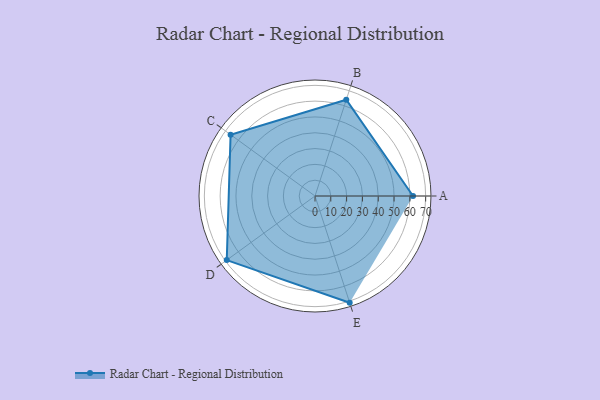
{"axis": {"x": "Skill", "y": "Score"}, "legend": ["Profile"], "data": [{"x": "A", "y": 62.0, "type": "Profile"}, {"x": "B", "y": 64.0, "type": "Profile"}, {"x": "C", "y": 66.0, "type": "Profile"}, {"x": "D", "y": 69.0, "type": "Profile"}, {"x": "E", "y": 71.0, "type": "Profile"}]}